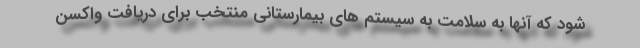
شود که آنها به سلامت به سیستم های بیمارستانی منتخب برای دریافت واکسن